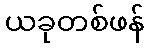
ယခုတစ်ဖန်